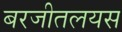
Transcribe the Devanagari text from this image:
बरजीतलयस